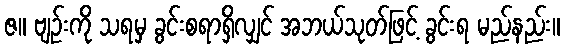
ဇ။ ဗျဉ်းကို သရမှ ခွင်းစရာရှိလျှင် အဘယ်သုတ်ဖြင့် ခွင်းရ မည်နည်း။